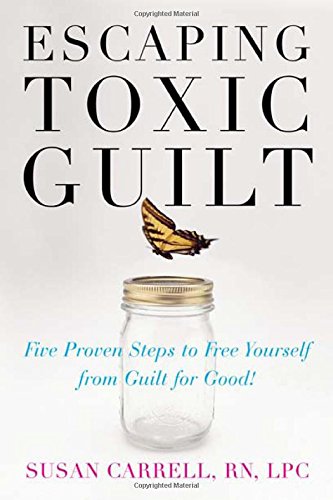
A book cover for Escaping Toxic Guilt: Five Proven Steps to Free Yourself from Guilt for Good!; Susan Carrell; Self-Help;